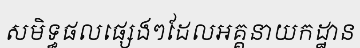
សមិទ្ធផលផ្សេងៗដែលអគ្គនាយកដ្ឋាន